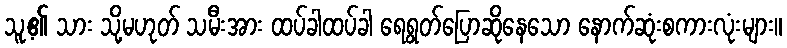
သူ့၏ သား သို့မဟုတ် သမီးအား ထပ်ခါထပ်ခါ ရေရွတ်ပြောဆိုနေသော နောက်ဆုံးစကားလုံးများ။